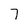
Character: 7